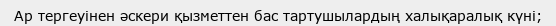
Ар тергеуінен әскери қызметтен бас тартушылардың халықаралық күні;